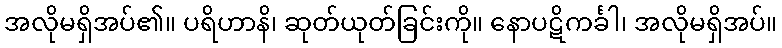
အလိုမရှိအပ်၏။ ပရိဟာနိ၊ ဆုတ်ယုတ်ခြင်းကို။ နောပဋိကင်္ခါ၊ အလိုမရှိအပ်။